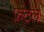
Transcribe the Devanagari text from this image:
फ़्रंटल